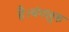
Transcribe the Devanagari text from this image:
है।बंगलुरु